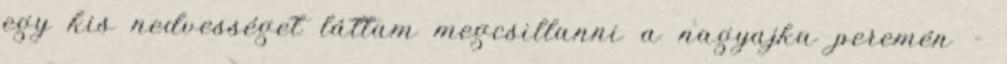
egy kis nedvességet láttam megcsillanni a nagyajka peremén -